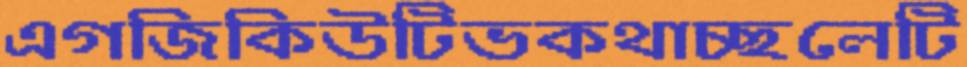
এগজিকিউটিভকথাচ্ছলেটি